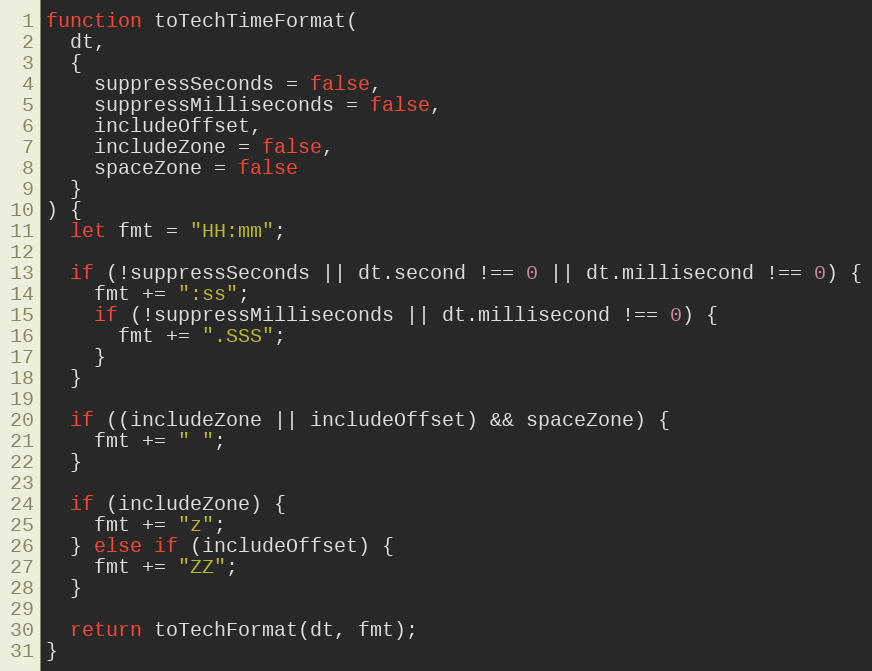
Language: JavaScript
function toTechTimeFormat(
  dt,
  {
    suppressSeconds = false,
    suppressMilliseconds = false,
    includeOffset,
    includeZone = false,
    spaceZone = false
  }
) {
  let fmt = "HH:mm";

  if (!suppressSeconds || dt.second !== 0 || dt.millisecond !== 0) {
    fmt += ":ss";
    if (!suppressMilliseconds || dt.millisecond !== 0) {
      fmt += ".SSS";
    }
  }

  if ((includeZone || includeOffset) && spaceZone) {
    fmt += " ";
  }

  if (includeZone) {
    fmt += "z";
  } else if (includeOffset) {
    fmt += "ZZ";
  }

  return toTechFormat(dt, fmt);
}